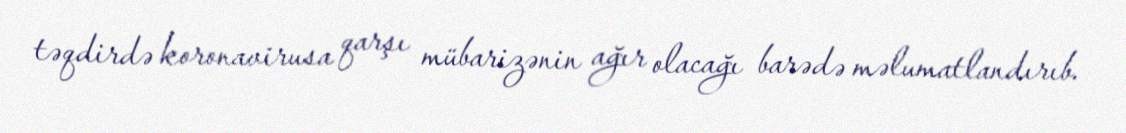
təqdirdə koronavirusa qarşı mübarizənin ağır olacağı barədə məlumatlandırıb.